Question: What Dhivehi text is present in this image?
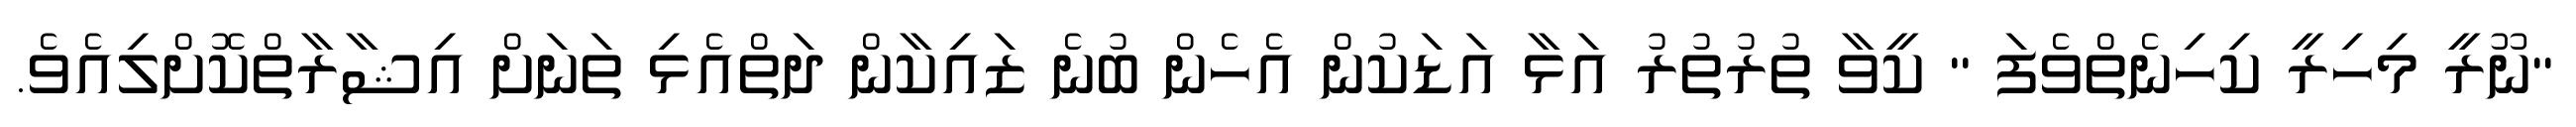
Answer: "ނޫރީ މިހިރީ ކިހިނެތްވެފަ " ކީވާ ތުރުތުރު އަޅާ އަޑަކުން އެހެން ބުނެ ޒައިކާން ދަތްއެޅި ތަނަށް އިޝާރާތްކޮށްލިއެވެ.